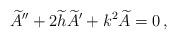
LaTeX: \begin{align*}\widetilde{A}'' + 2\widetilde{h}\widetilde{A}' + k^2 \widetilde{A} = 0 \, ,\end{align*}